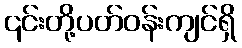
၎င်းတို့ပတ်ဝန်းကျင်ရှိ